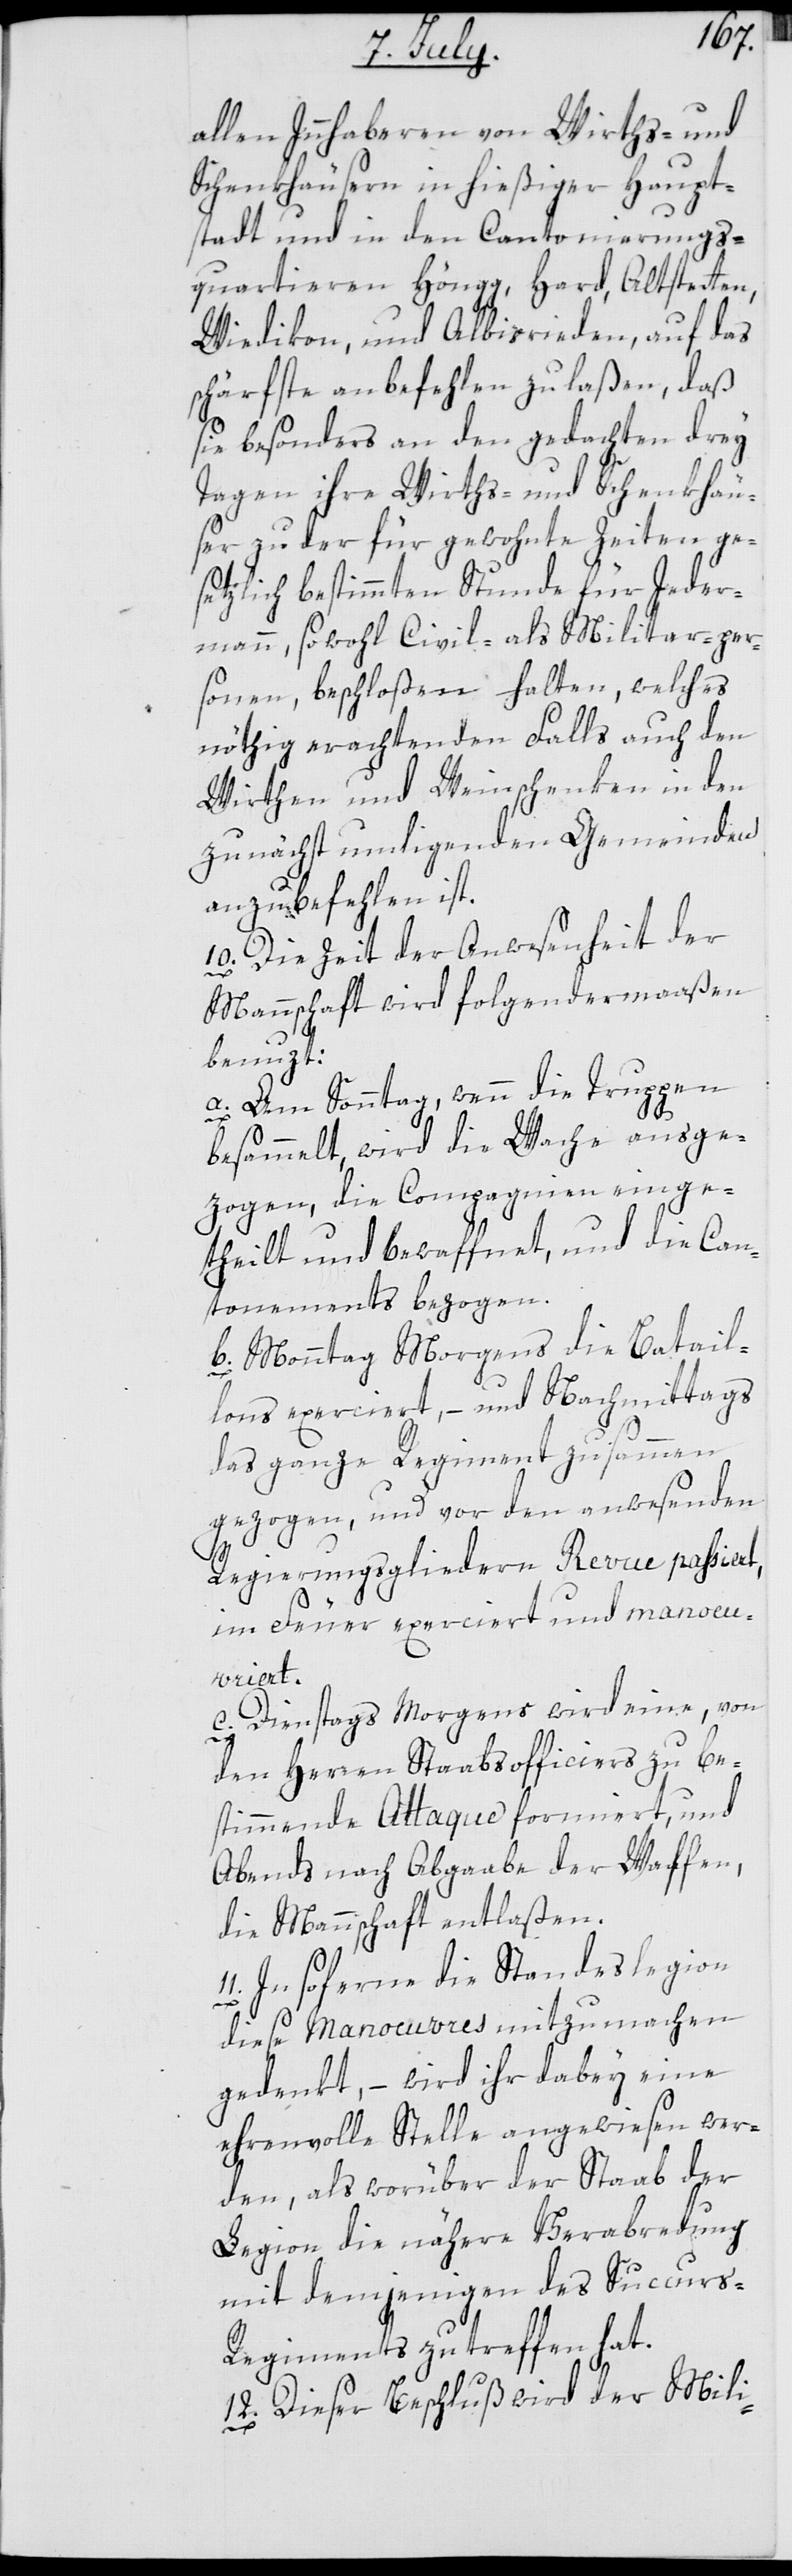
allen Innhaberen von Wirths- und
Schenkhäusern in hießiger Haupt¬
stadt und in den Cantonierungs¬
quartieren Höngg, Hard, Altstetten,
Wiedikon und Albisrieden, auf das
schärfste anbefehlen zu laßen, daß
sie besonders an den gedachten drey
Tagen ihre Wirths- und Schenkhäu¬
ser zu der für gewohnte Zeiten ge¬
setzlich bestimmten Stunde für Jeder¬
mann, sowohl Civil- als Militar-per¬
sonen, beschloßen halten, welches
nöthig erachtenden Falls auch den
Wirthen und Weinschenken in den
zunächst umligenden Gemeinden
anzubefehlen ist.
10. Die Zeit der Anwesenheit der
Mannschaft wird folgendermaaßen
benuzt:
Am Sonntag, wenn die Truppen
besammelt, wird die Wache ausge¬
zogen, die Compagnien einge¬
theilt und bewaffnet, und die Can¬
tonnements bezogen.
b. Monntag Morgens die Batail¬
lons exerciert, – und Nachmittags
das ganze Regiment zusammen
gezogen, und vor den anwesenden
Regierungsgliedern, Revue passiert,
im Feuer exerciert und manoeu¬
vriert.
c. Dientags Morgens wird eine, von
den Herren Staabsofficiers zu be¬
stimmende Attaque formiert, und
Abends nach Abgaabe der Waffen,
die Mannschaft entlaßen.
In soferne die Standeslegion
diese Manoeuvres mitzumachen
gedenkt, – wird ihr dabey eine
ehrenvolle Stelle angewiesen wer¬
den, als worüber der Staab der
Legion die nähere Verabredung
mit demjenigen des Succur¬
s-Regiments zu treffen hat.
Dieser Beschluß wird der Mili-
12.